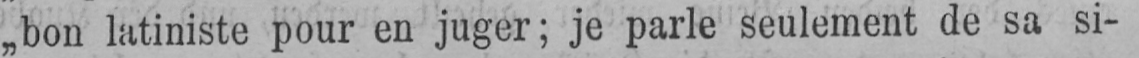
„bon latiniste pour en juger; je parle seulement de sa si-